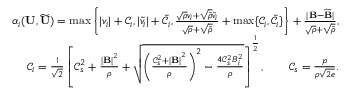
\begin{array} { r } { \alpha _ { i } ( \mathbf { U } , \widetilde { \mathbf { U } } ) = \operatorname* { m a x } \left\{ | v _ { i } | + \mathcal { C } _ { i } , | \widetilde { v } _ { i } | + \widetilde { \mathcal { C } } _ { i } , \frac { \sqrt { \rho } v _ { i } + \sqrt { \widetilde { \rho } } \widetilde { v } _ { i } } { \sqrt { \rho } + \sqrt { \widetilde { \rho } } } + \operatorname* { m a x } \{ \mathcal { C } _ { i } , \widetilde { \mathcal { C } } _ { i } \} \right\} + \frac { | \mathbf { B } - \widetilde { \mathbf { B } } | } { \sqrt { \rho } + \sqrt { \widetilde { \rho } } } , } \\ { \mathcal { C } _ { i } = \frac { 1 } { \sqrt { 2 } } \left[ \mathcal { C } _ { s } ^ { 2 } + \frac { { | \mathbf { B } | } ^ { 2 } } { \rho } + \sqrt { \left( \frac { { \mathcal { C } _ { s } ^ { 2 } + | \mathbf { B } | } ^ { 2 } } { \rho } \right) ^ { 2 } - \frac { 4 \mathcal { C } _ { s } ^ { 2 } B _ { i } ^ { 2 } } { \rho } } \right] ^ { \frac 1 2 } , \qquad \mathcal { C } _ { s } = \frac { p } { \rho \sqrt { 2 e } } . } \end{array}